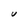
Character: U